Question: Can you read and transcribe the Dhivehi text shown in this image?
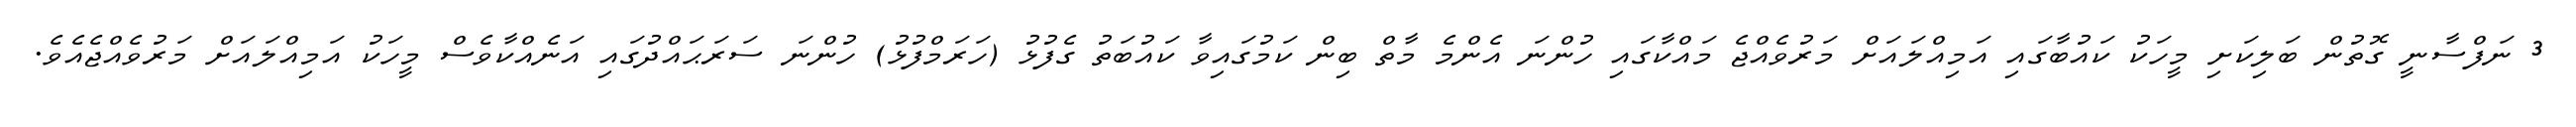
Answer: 3 ނަފްސާނީ ގޮތުން ބަލިކަށި މީހަކު ކައުބާގައި އަމިއްލައަށް މަރުވެއްޖެ މައްކާގައި ހުންނަ އެންމެ މާތް ބިން ކަމުގައިވާ ކައުބަތު ގެފުޅު (ހަރަމްފުޅު) ހުންނަ ސަރަޙައްދުގައި އަނެއްކާވެސް މީހަކު އަމިއްލައަށް މަރުވެއްޖެއެވެ.